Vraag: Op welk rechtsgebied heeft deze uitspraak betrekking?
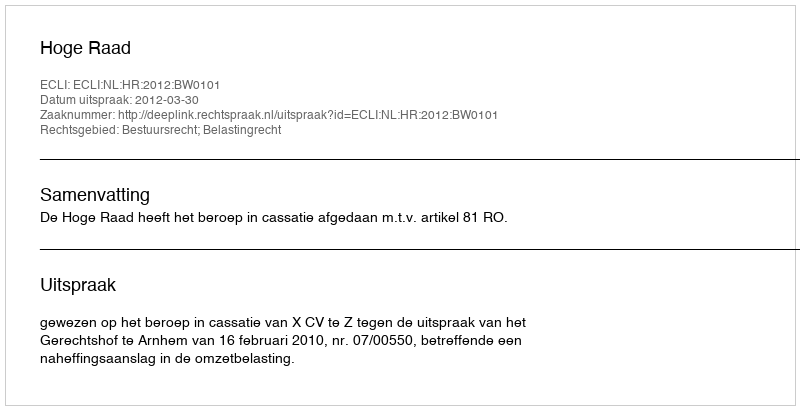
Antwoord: Bestuursrecht; Belastingrecht